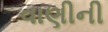
વાણીની